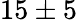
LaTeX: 15\pm 5